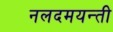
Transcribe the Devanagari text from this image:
नलदमयन्ती